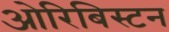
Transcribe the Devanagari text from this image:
ओरिबिस्टन